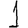
Digit: 1